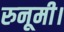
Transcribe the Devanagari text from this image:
रुनूमी।